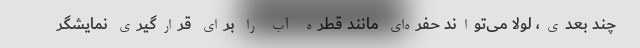
چند بعدی، لولا می‌تواند حفره‌ای مانند قطره آب را برای قرارگیری نمایشگر